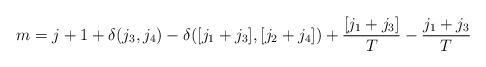
LaTeX: \begin{align*}&m=j+1+\delta(j_3, j_4)-\delta([j_1+j_3], [j_2+j_4])+\frac{[j_1+j_3]}{T}-\frac{j_1+j_3}{T}\end{align*}